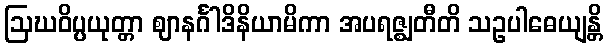
ဩဃဝိပ္ပယုတ္တာ ဈာနင်္ဂါဒိနိယာမိကာ အပရဇ္ဈတီတိ သဥပါဓေယျန္တိ